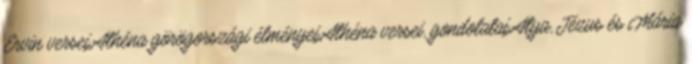
Ervin versei,Athéna görögországi élményei,Athéna versei, gondolatai,Atya, Jézus és Mária